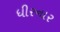
ધીરનાર